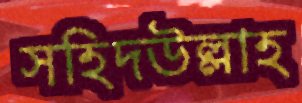
সহিদউল্লাহ